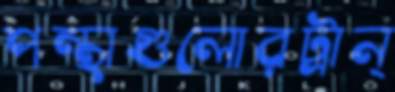
পন্থাগুলোরট্রান্